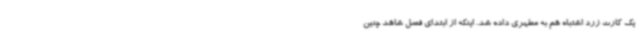
یک کارت زرد اشتباه هم به مطهری داده شد. اینکه از ابتدای فصل شاهد چنین